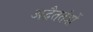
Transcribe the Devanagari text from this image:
अद्वैततंत्रों